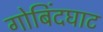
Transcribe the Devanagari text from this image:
गोबिंदघाट